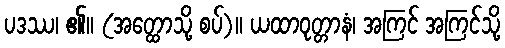
ပဒဿ၊ ၏။ (အတ္ထောသို့ စပ်)။ ယထာဝုတ္တာနံ၊ အကြင် အကြင်သို့